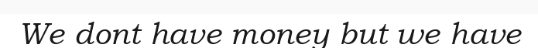
We dont have money but we have